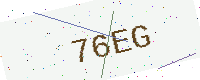
Text: 76EG